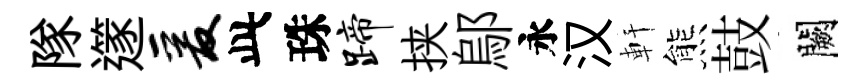
隊𨗹爰此珠蹄挟鄔永汉軒熊鼓闕